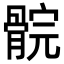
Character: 䯘